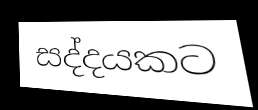
සද්දයකට